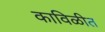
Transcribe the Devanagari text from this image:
काविळीत